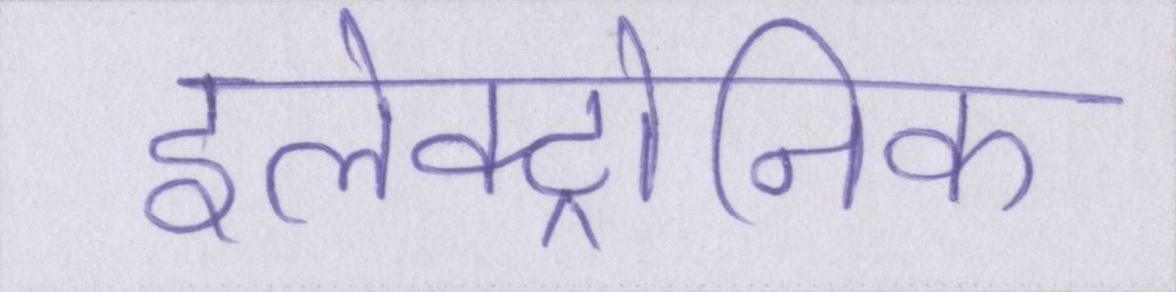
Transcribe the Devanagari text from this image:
इलेक्ट्रोनिक